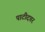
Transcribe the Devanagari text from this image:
पाटीदप्तर